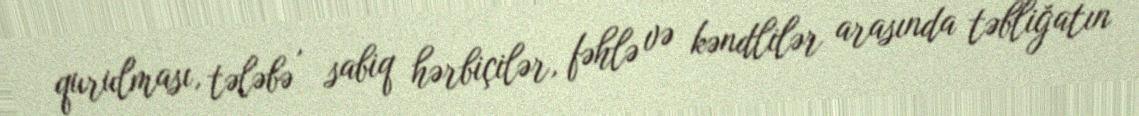
qurulması, tələbə , sabiq hərbiçilər, fəhlə və kəndlilər arasında təbliğatın